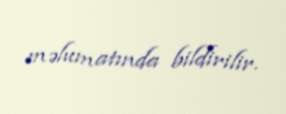
məlumatında bildirilir.